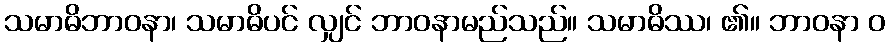
သမာဓိဘာဝနာ၊ သမာဓိပင် လျှင် ဘာဝနာမည်သည်။ သမာဓိဿ၊ ၏။ ဘာဝနာ ဝ